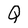
Character: Q